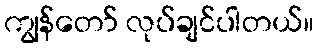
ကျွန်တော် လုပ်ချင်ပါတယ်။